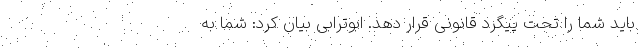
باید شما را تحت پیگرد قانونی قرار دهد. ابوترابی بیان کرد: شما به